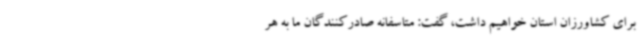
برای کشاورزان استان خواهیم داشت، گفت: متاسفانه صادرکنندگان ما به هر